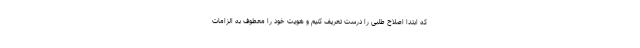
که ابتدا اصلاح طلبی را درست تعریف کنیم و هویت خود را معطوف به الزامات